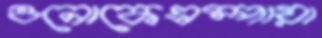
ওনোকেএম্পায়া